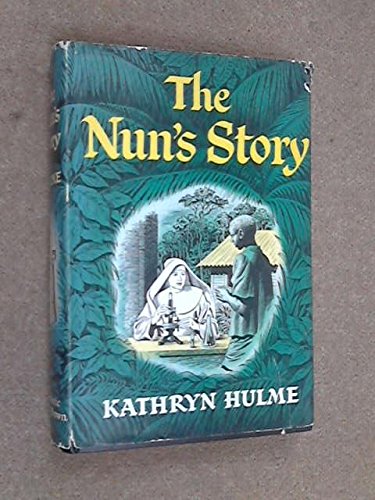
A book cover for The Nun's Story; Kathryn Hulme; Christian Books & Bibles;